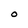
Character: O